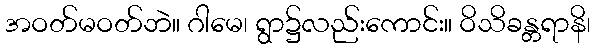
အဝတ်မဝတ်ဘဲ။ ဂါမေ၊ ရွာ၌လည်းကောင်း။ ဝိသိခန္တရာနိ၊